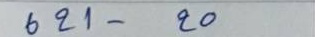
621 - 20